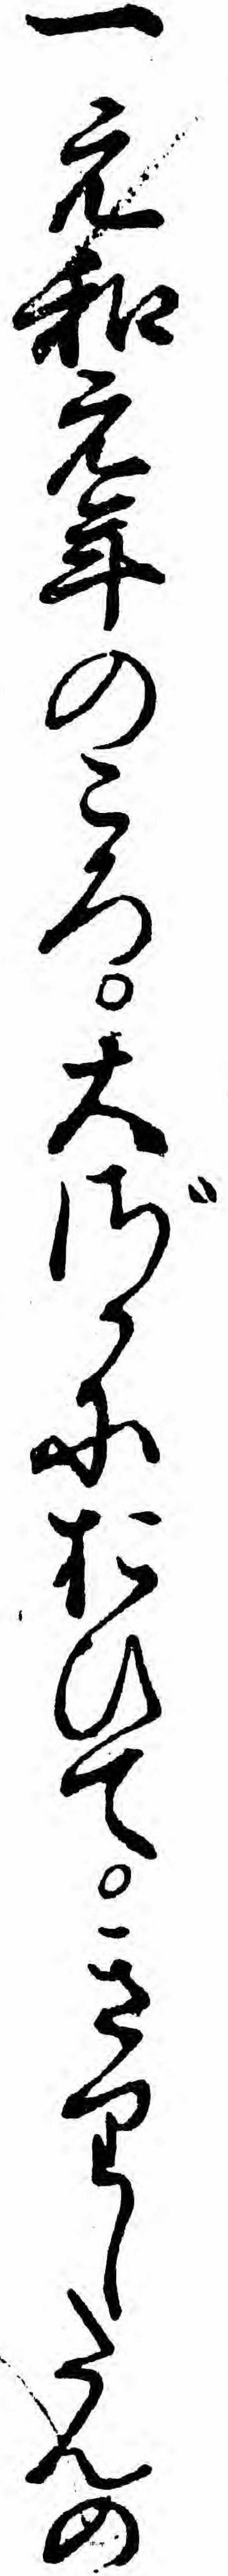
一元和元年のころ大ざかにおひてきりしたんの